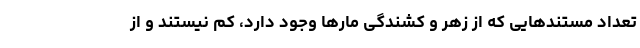
تعداد مستندهایی که از زهر و کشندگی مارها وجود دارد، کم نیستند و از